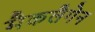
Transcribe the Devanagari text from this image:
मैकलैगेन